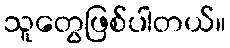
သူတွေဖြစ်ပါတယ်။